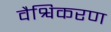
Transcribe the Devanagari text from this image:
वैश्विकरण